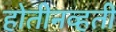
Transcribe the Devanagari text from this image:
होतीनव्हती